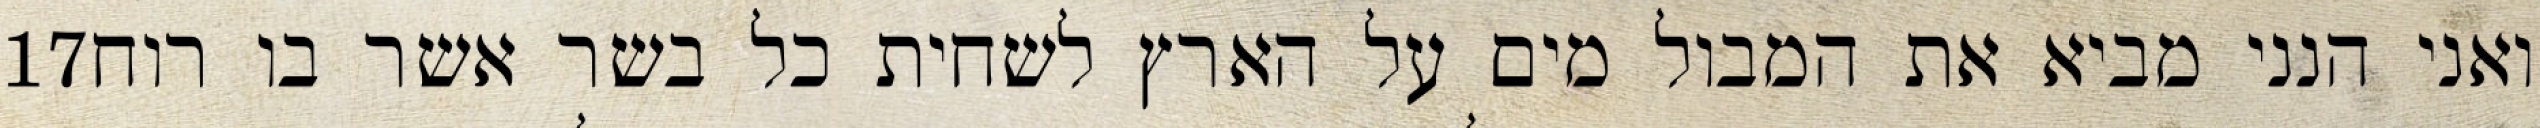
‎17‏ ואני הנני מביא את המבול מים על הארץ לשחית כל בשר אשר בו רוח